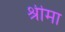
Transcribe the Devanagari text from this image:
श्रीमा